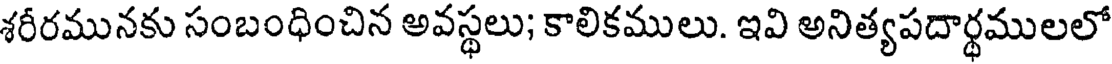
శరీరమునకు సంబంధించిన అవస్థలు; కాలికములు. ఇవి అనిత్యపదార్థములలో